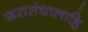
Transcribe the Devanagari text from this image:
जरासंधालाहि